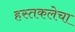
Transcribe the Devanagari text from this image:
हस्तकलेचा